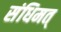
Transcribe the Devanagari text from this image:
संधिमत्